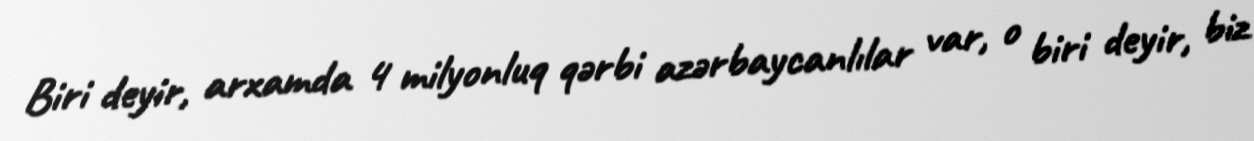
Biri deyir, arxamda 4 milyonluq qərbi azərbaycanlılar var, o biri deyir, biz